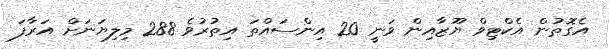
އެގޮތުން އެކްޓިވް ޔޫޒާއިން ވަނީ 20 އިންސައްތަ އިތުރުވެ 288 މިލިޔަނަށް އަރާފަ